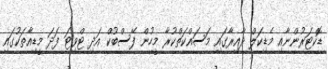
ޑޮކްޓަރުންނާއި މެޑިކަލް ދާއިރާގައި މަސައްކަތްކުރާ މީހުން ފޭސްބުކް އަދި ޓްވިޓަ ފަދަ މީޑިއާތަކުގައި